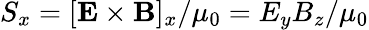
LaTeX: S_{x}=[{\mathbf E}\times{\mathbf B}]_{x}/\mu_{0}=E_{y}B_{z}/\mu_{0}